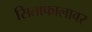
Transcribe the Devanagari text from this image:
सिताफालावर